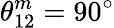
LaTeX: \theta_{12}^{m}=90^{\circ}